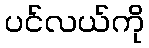
ပင်လယ်ကို